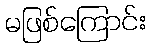
မဖြစ်ကြောင်း